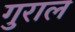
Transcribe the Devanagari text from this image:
गुराल